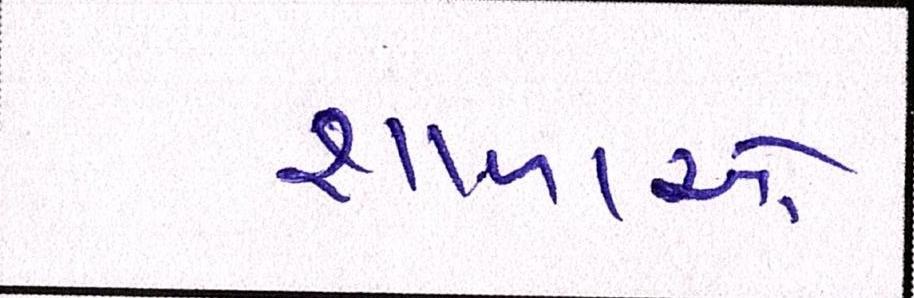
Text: શાળાઓ